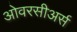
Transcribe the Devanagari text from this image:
ओवरसीअर्स